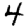
Digit: 4